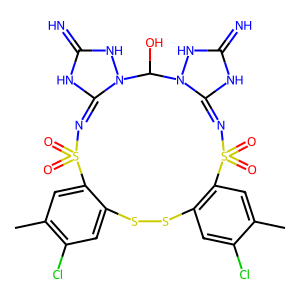
SMILES: Cc1cc2c(cc1Cl)SSc1cc(Cl)c(C)cc1S(=O)(=O)N=C1NC(=N)NN1C(O)N1NC(=N)NC1=NS2(=O)=O
Inhibits HIV replication: No